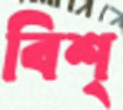
বিশ্